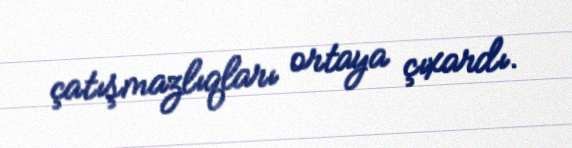
çatışmazlıqları ortaya çıxardı.